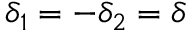
\delta _ { 1 } = - \delta _ { 2 } = \delta